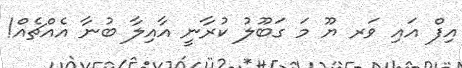
އިފް އައި ވަރ ޔޫ މަ ގަބޫލު ކުރާނީ އާއިލާ ބުނާ އެއްޗެއް!